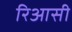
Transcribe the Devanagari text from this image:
रिआसी